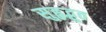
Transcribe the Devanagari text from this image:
सुहृद्भूत